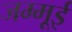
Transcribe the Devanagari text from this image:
जम्मूई